Riigikantselei, lk 96
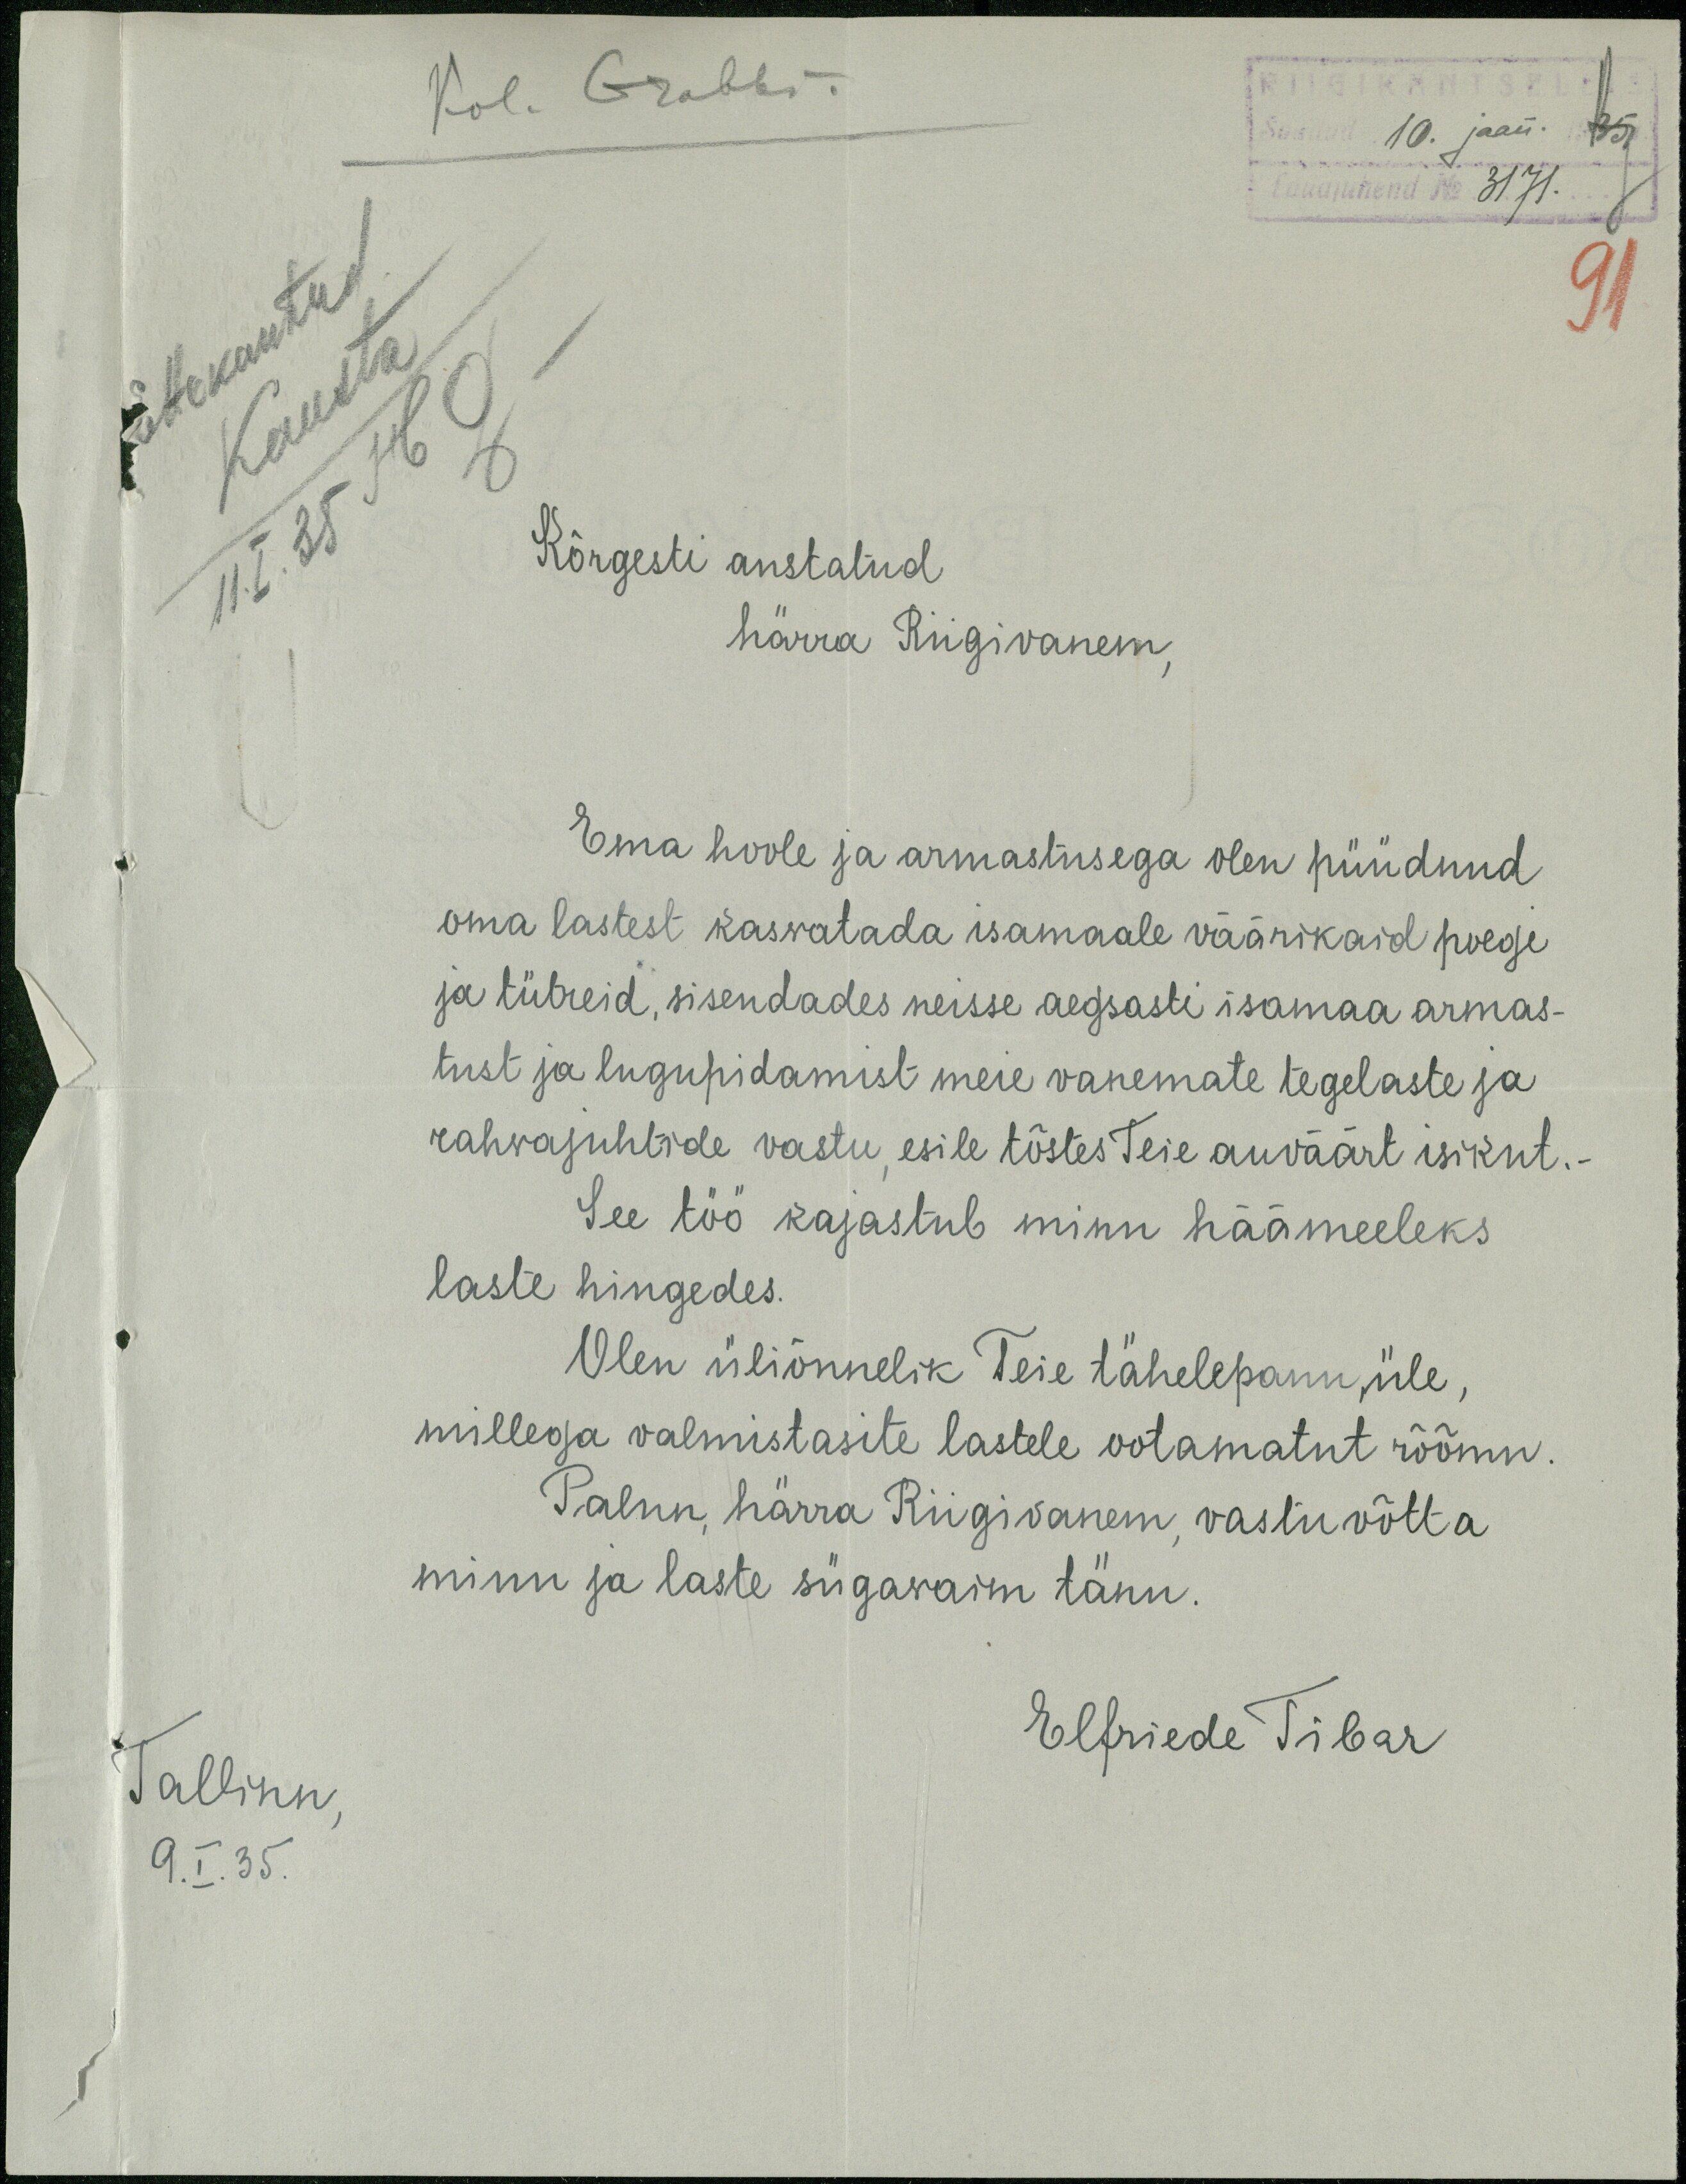
RIIGIKANTSELEIS
Saadud 10. jaan. 35
Lauajuhend No. 3171.
91
Kol. Grabbe
Kõrgesti austatud
härra Riigivanem,
Ema hoole ja armastusega olen püüdnud
oma lastest kasvatada isamaale väärikaid poegi
ja tütreid, sisendades neisse aegsasti isamaa armas-
tust ja lugupidamist meie vanemate tegelaste ja
rahvajuhtide vastu esile tõstes Teie auväärt isikut.
See töö kajastub minu häämeeleks
laste hingedes.
Olen üliõnnelik Teie tähelepanu üle,
millega valmistasite lastele ootamatut rõõmu.
Palun, härra Riigivanem, vastu võtta
minu ja laste sügavaim tänu.
Elfriede Tibar
Tallinn,
9. I. 35.